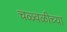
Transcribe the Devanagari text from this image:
चळ्वळीच्या